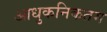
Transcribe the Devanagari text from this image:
आधुकनिकतम